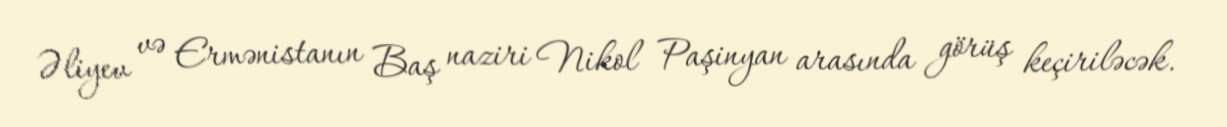
Əliyev və Ermənistanın Baş naziri Nikol Paşinyan arasında görüş keçiriləcək.